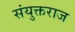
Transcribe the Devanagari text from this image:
संयुक्तराज